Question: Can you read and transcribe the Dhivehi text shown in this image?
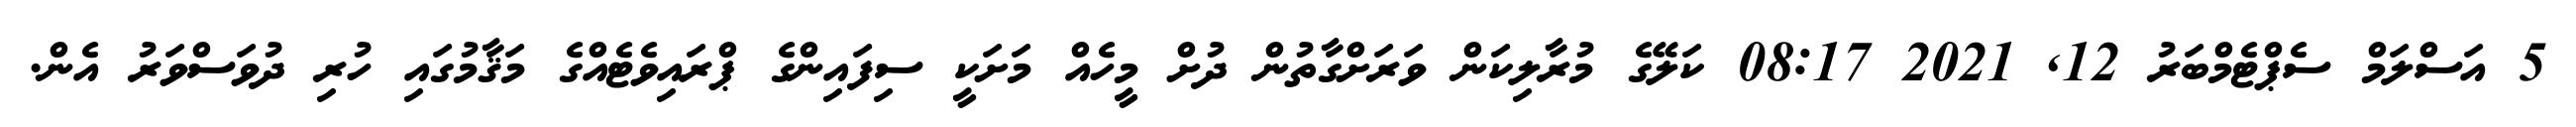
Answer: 5 އަސްލަމް ސެޕްޓެމްބަރު 12, 2021 08:17 ކަލޭގެ މުރާލިކަން ވަރަށްގާތުން ދުށް މީހެއް މަށަކީ ސިފައިންގެ ޕްރައިވެޓެއްގެ މަޤާމުގައި ހުރި ދުވަސްވަރު އެން.